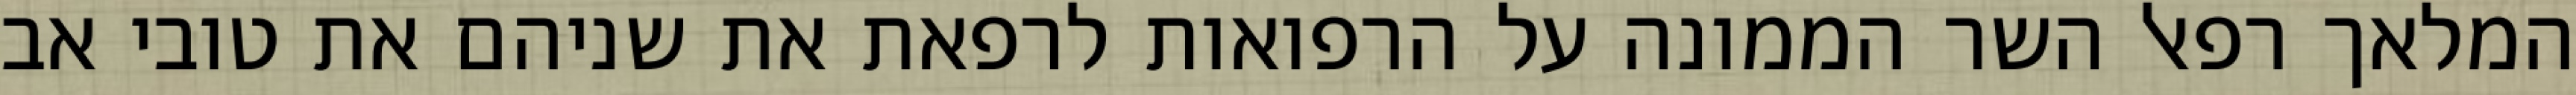
המלאך רפאל השר הממונה על הרפואות לרפאת את שניהם את טובי אב